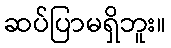
ဆပ်ပြာမရှိဘူး။